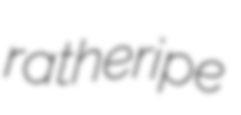
ratheripe